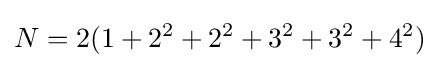
N=2(1+2^{2}+2^{2}+3^{2}+3^{2}+4^{2})